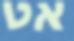
אט